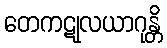
တေကဋုလယာဂုန္တိ